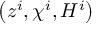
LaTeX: \left( z ^ { i } , \chi ^ { i } , H ^ { i } \right)